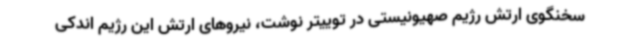
سخنگوی ارتش رژیم صهیونیستی در توییتر نوشت، نیروهای ارتش این رژیم اندکی